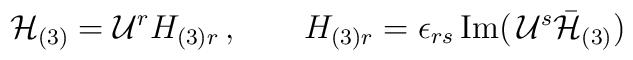
{\cal H}_{(3)}={\cal U}^r H_{(3)r}\,,\qquad H_{(3)r}=\epsilon_{rs}\,\mathrm{Im}\big(\,{\cal U}^s\bar{{\cal H}}_{(3)}\big)